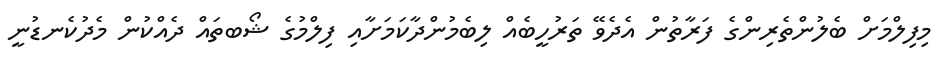
މިފިލްމަށް ބެލުންތެރިންގެ ފަރާތުން އެދެވޭ ތަރުހީބެއް ލިބެމުންދާކަމަށާއި ފިލްމުގެ ޝޯބތައް ދެެއްކުން މެދުކެނޑުނީ